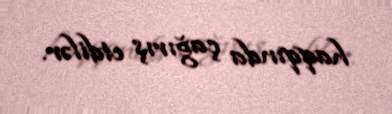
haqqında çağırış etdilər.